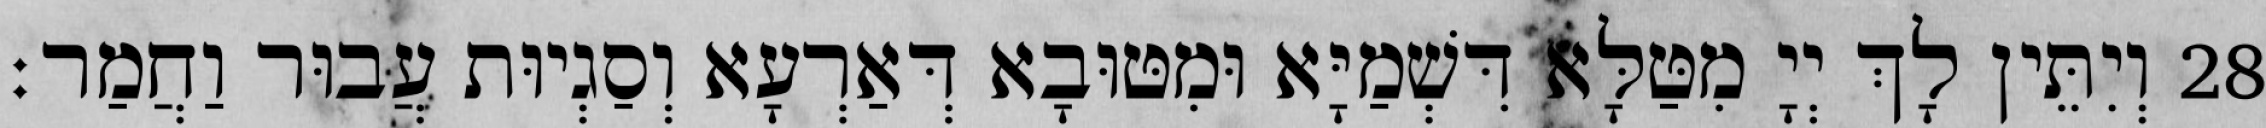
28 וְיִתֵּין לָךְ יְיָ מִטַּלָּא דִּשְׁמַיָּא וּמִטּוּבָא דְּאַרְעָא וְסַגְיוּת עֲבוּר וַחֲמַר׃